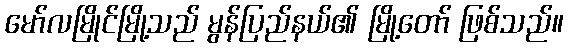
မော်လမြိုင်မြို့သည် မွန်ပြည်နယ်၏ မြို့တော် ဖြစ်သည်။